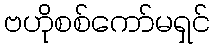
ဗဟိုစစ်ကော်မရှင်